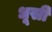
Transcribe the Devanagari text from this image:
धूसी